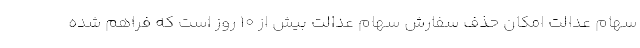
سهام عدالت امکان حذف سفارش سهام عدالت بیش از ۱۰ روز است که فراهم شده